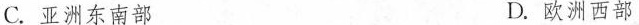
C.亚洲东南部 D.欧洲西部